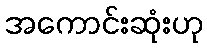
အကောင်းဆုံးဟု